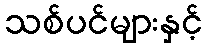
သစ်ပင်များနှင့်